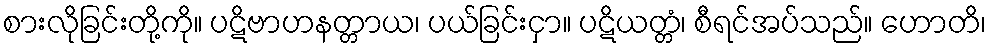
စားလိုခြင်းတို့ကို။ ပဋိဗာဟနတ္တာယ၊ ပယ်ခြင်းငှာ။ ပဋိယတ္တံ၊ စီရင်အပ်သည်။ ဟောတိ၊